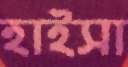
হাইসা